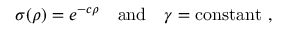
\sigma ( \rho ) = e ^ { - c \rho } \quad \mathrm { a n d } \quad \gamma = \mathrm { c o n s t a n t } ~ ,